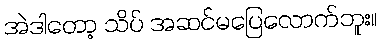
အဲဒါတော့ သိပ် အဆင်မပြေလောက်ဘူး။